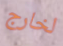
لخارج